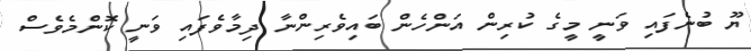
ޔޫ ބުނެފައި ވަނީ މީގެ ކުރިން އަންހެން ބައިވެރިންނާ ދިމާވެފައި ވަނީ ކޮންމެވެސް